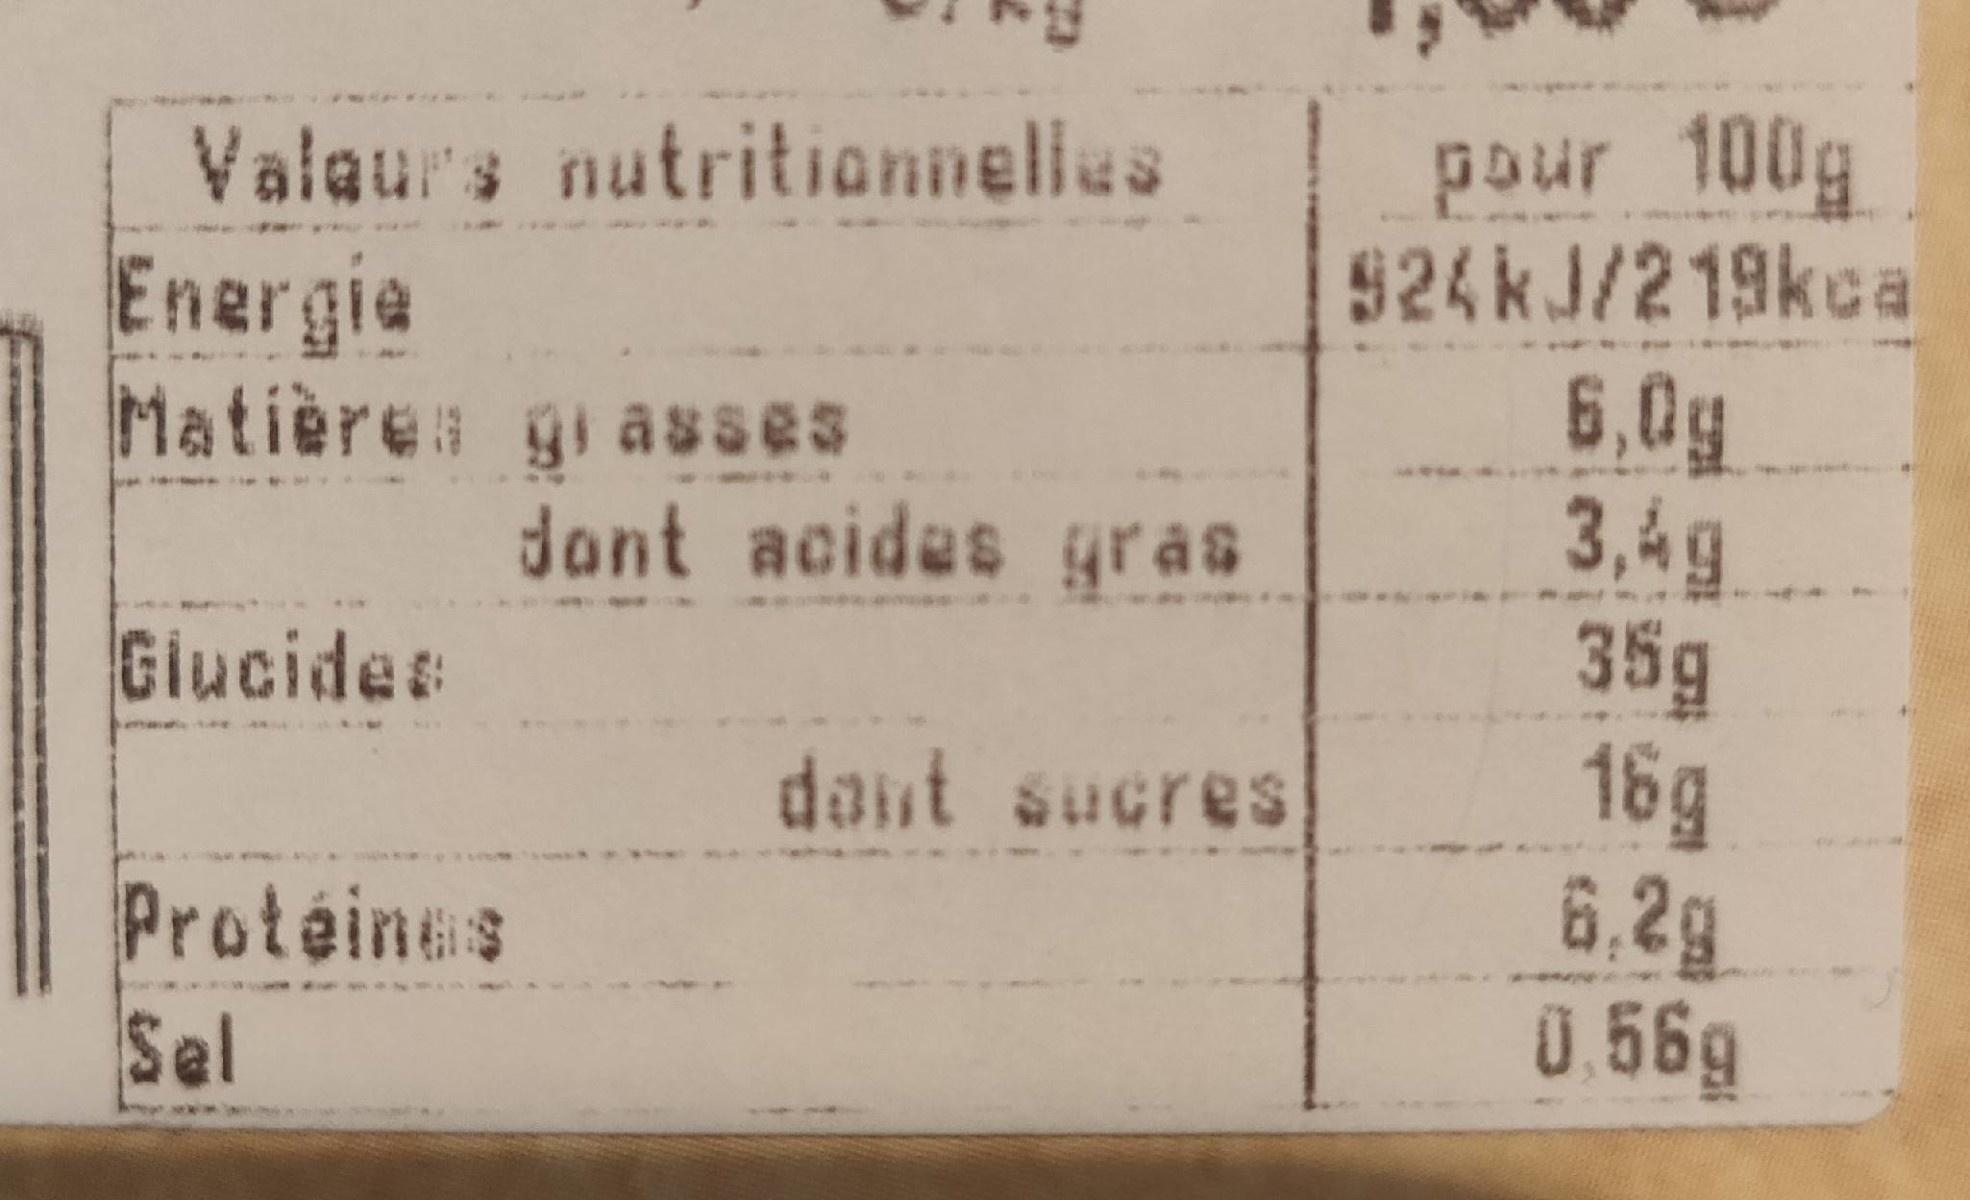
pour 100g 924KJ/219kca
Valaurs nutritionneles
Energia Matières grasses
6,0g 3,4g 35g 16g 6,2g 0.56g
dant acides gras
Giucides
daut sucres
Protéines Sel